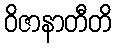
ဝိဇာနာတီတိ